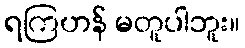
ရကြဟန် မတူပါဘူး။